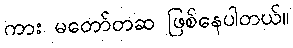
ကား မတော်တဆ ဖြစ်နေပါတယ်။